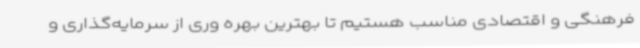
فرهنگی و اقتصادی مناسب هستیم تا بهترین بهره وری از سرمایه‌گذاری و